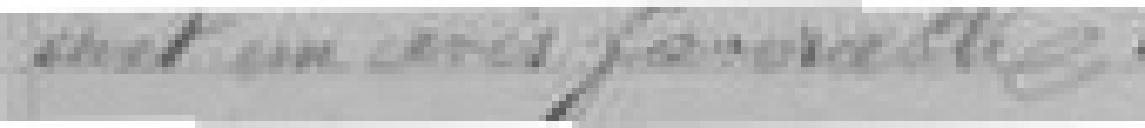
émet un avis favorable.